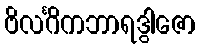
ဗိလင်္ဂိကဘာရဒွါဇော